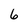
Character: 6